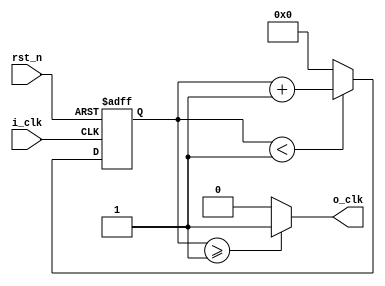
module timedivider 
#(
    parameter ratio=2
)
(
    input i_clk,
    input rst_n,
    output o_clk
);
    //registers definitions
    reg [31:0]count;
    integer lim=ratio/2;
    //combinational circuits
    assign o_clk=count>=lim?1'b1:1'b0;
    //counting
    always @(posedge i_clk or negedge rst_n) begin
        if(!rst_n) begin
            count<=32'b0;
        end
        else begin
            if(count<lim)begin
                count<=count+1;
            end
            else begin
                count<=32'b0;
            end
        end
    end
endmodule